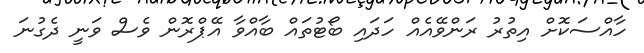
ހާއްސަކޮށް އިތުރު ރަންވޭއެއް ހަދައި ބޯޓުތައް ބާއްވާ އޭޕްރޮން ވެސް ވަނީ ދެގުނަ